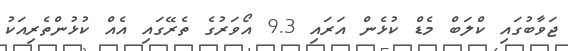
ޖަވާބުގައި ކްލަބް މެޑް ކުޅެން އަރައި 9.3 އޯވަރުގެ ތެރޭގައި އެއް ކުޅުންތެރިއަކު